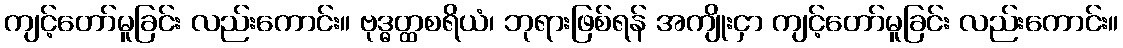
ကျင့်တော်မူခြင်း လည်းကောင်း။ ဗုဒ္ဓတ္ထစရိယံ၊ ဘုရားဖြစ်ရန် အကျိုးငှာ ကျင့်တော်မူခြင်း လည်းကောင်း။